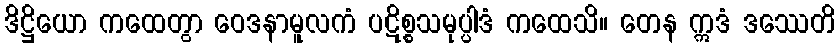
ဒိဋ္ဌိယော ကထေတွာ ဝေဒနာမူလကံ ပဋိစ္စသမုပ္ပါဒံ ကထေသိ။ တေန ဣဒံ ဒဿေတိ